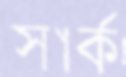
সার্ক